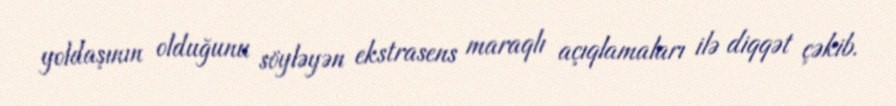
yoldaşının olduğunu söyləyən ekstrasens maraqlı açıqlamaları ilə diqqət çəkib.